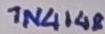
Text: 1N4148